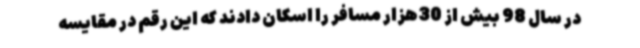
در سال 98 بیش از 30هزار مسافر را اسکان دادند که این رقم در مقایسه